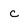
Character: c